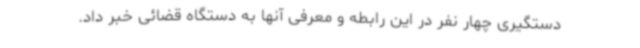
دستگیری چهار نفر در این رابطه و معرفی آنها به دستگاه قضائی خبر داد.